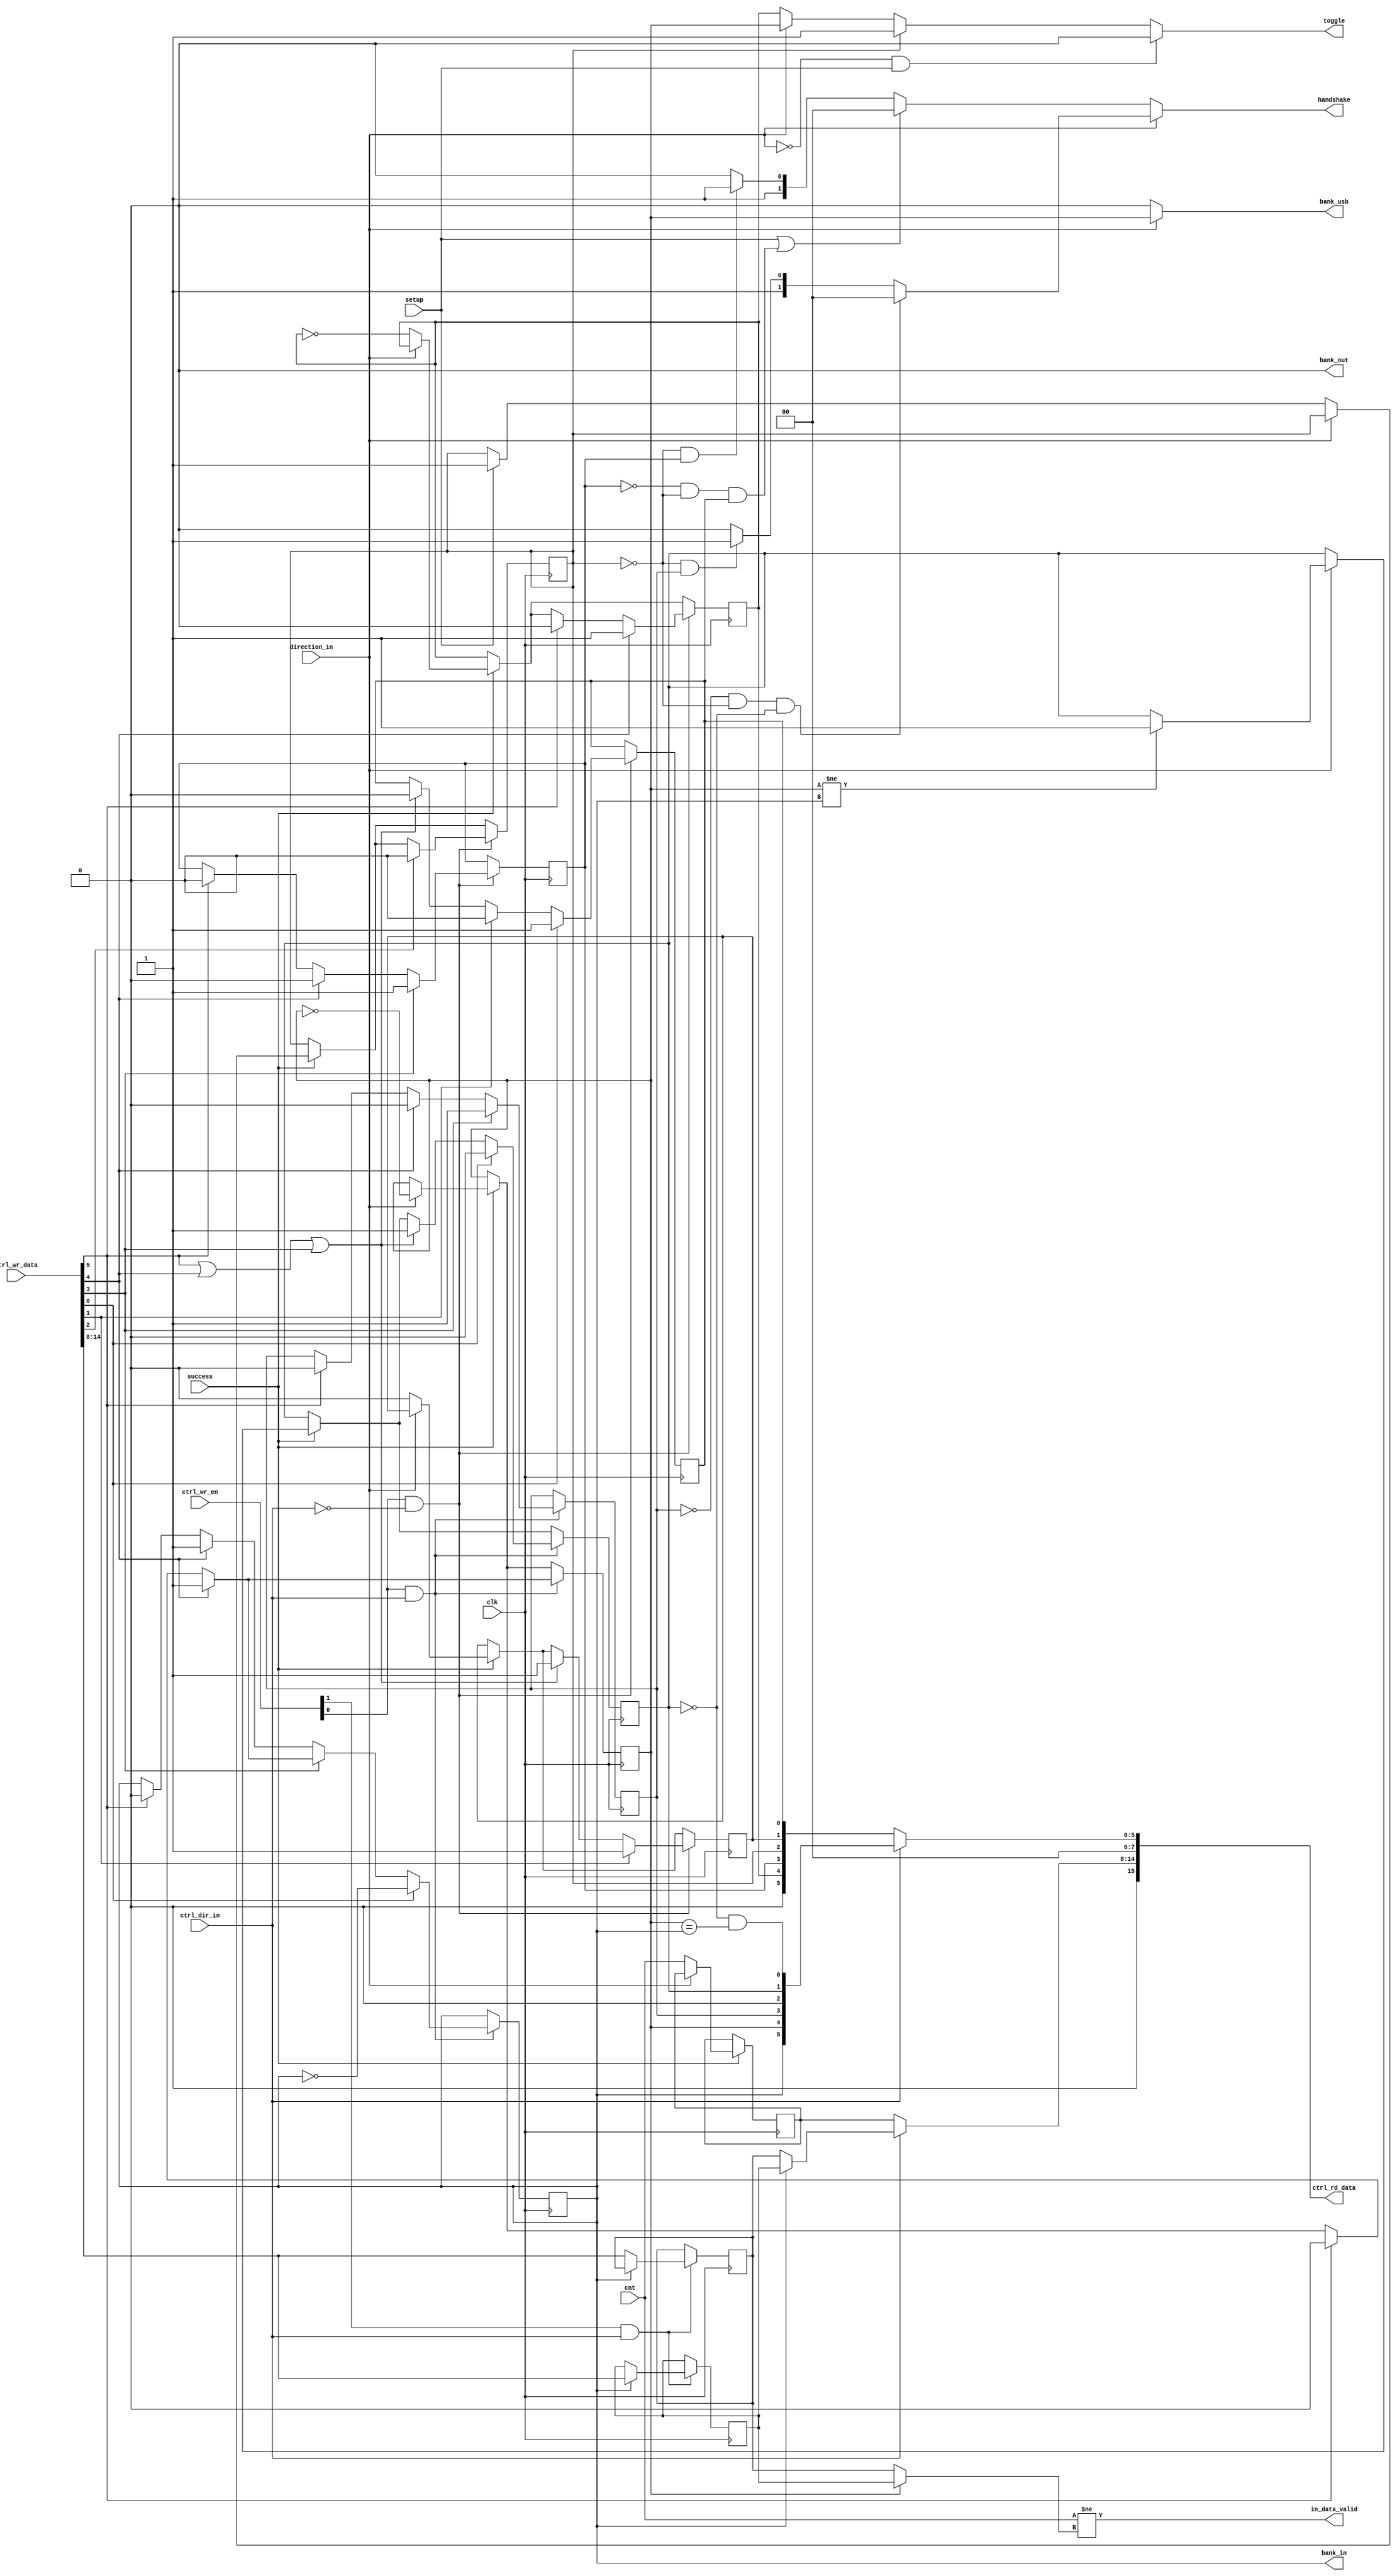
module usb_ep_banked(
    input clk,

    input direction_in,
    input setup,
    input success,
    input[6:0] cnt,

    output reg toggle,
    output bank_usb,
    output reg[1:0] handshake,
    output bank_in,
    output bank_out,
    output in_data_valid,

    input ctrl_dir_in,
    output reg[15:0] ctrl_rd_data,
    input[15:0] ctrl_wr_data,
    input[1:0] ctrl_wr_en
    );

localparam
    hs_ack = 2'b00,
    hs_none = 2'b01,
    hs_nak = 2'b10,
    hs_stall = 2'b11;

reg ep_setup;
reg ep_out_full;
reg ep_out_empty;
reg ep_in_empty;
reg ep_out_stall;
reg ep_in_stall;
reg ep_out_toggle;
reg ep_in_toggle;
reg ep_in_bank;
reg[6:0] ep_in_cnt_0;
reg[6:0] ep_in_cnt_1;
reg[6:0] ep_out_cnt;

assign in_data_valid = (cnt != (ep_in_toggle? ep_in_cnt_1: ep_in_cnt_0));
assign bank_usb = direction_in? ep_in_toggle: 1'b0;
assign bank_in = ep_in_bank;
assign bank_out = 1'b0;

always @(*) begin
    if (!direction_in && setup)
        toggle = 1'b0;
    else if (ep_setup)
        toggle = 1'b1;
    else if (direction_in)
        toggle = ep_in_toggle;
    else
        toggle = ep_out_toggle;
end

always @(*) begin
    if (direction_in) begin
        if (!ep_in_stall && !ep_setup && !ep_in_empty) begin
            handshake = hs_ack;
        end else if (!ep_setup && ep_in_stall) begin
            handshake = hs_stall;
        end else begin
            handshake = hs_nak;
        end
    end else begin
        if (setup || (!ep_out_stall && !ep_setup && ep_out_full)) begin
            handshake = hs_ack;
        end else if (!ep_setup && ep_out_stall) begin
            handshake = hs_stall;
        end else begin
            handshake = hs_nak;
        end
    end
end

always @(*) begin
    if (ctrl_dir_in) begin
        ctrl_rd_data[15:8] = ep_in_bank? ep_in_cnt_1: ep_in_cnt_0;
        ctrl_rd_data[7:0] = { ep_in_bank, ep_in_toggle, ep_in_stall, 1'b0, ep_in_empty, !ep_in_empty && ep_in_toggle == ep_in_bank };
    end else begin
        ctrl_rd_data[15:8] = ep_out_cnt;
        ctrl_rd_data[7:0] = { ep_out_toggle, ep_out_stall, ep_setup, ep_out_empty, ep_out_full };
    end
end

wire flush = ctrl_wr_data[5] || ctrl_wr_data[4] || ctrl_wr_data[3];

always @(posedge clk) begin
    if (success) begin
        if (direction_in) begin
            if (ep_in_toggle != ep_in_bank)
                ep_in_empty <= 1'b1;
            ep_in_toggle = !ep_in_toggle;
        end else begin
            if (setup)
                ep_setup <= 1'b1;

            ep_out_toggle = !ep_out_toggle;
            ep_out_empty <= 1'b0;
            ep_out_cnt <= cnt;
        end
    end

    if (ctrl_wr_en[1] && ctrl_dir_in) begin
        if (ep_in_bank)
            ep_in_cnt_1 <= ctrl_wr_data[14:8];
        else
            ep_in_cnt_0 <= ctrl_wr_data[14:8];
    end

    if (ctrl_wr_en[0] && ctrl_dir_in) begin
        if (ctrl_wr_data[5]) begin
            ep_in_toggle = 1'b0;
            ep_in_stall <= 1'b0;
            ep_in_bank <= 1'b0;
        end
        if (ctrl_wr_data[4]) begin
            ep_in_toggle = 1'b1;
            ep_in_stall <= 1'b0;
            ep_in_bank <= 1'b1;
        end
        if (ctrl_wr_data[3]) begin
            ep_in_stall <= 1'b1;
            ep_in_bank <= ep_in_toggle;
        end

        if (flush) begin
            ep_in_empty <= 1'b1;
        end

        if (ctrl_wr_data[0]) begin
            ep_in_empty <= 1'b0;
            ep_in_bank <= !ep_in_bank;
        end
    end

    if (ctrl_wr_en[0] && !ctrl_dir_in) begin
        if (ctrl_wr_data[5]) begin
            ep_out_toggle = 1'b0;
            ep_out_stall <= 1'b0;
        end
        if (ctrl_wr_data[4]) begin
            ep_out_toggle = 1'b1;
            ep_out_stall <= 1'b0;
        end
        if (ctrl_wr_data[3])
            ep_out_stall <= 1'b1;

        if (flush) begin
            ep_out_full <= 1'b0;
            ep_out_empty <= 1'b1;
        end

        if (ctrl_wr_data[2])
            ep_setup <= 1'b0;
        if (ctrl_wr_data[1]) begin
            ep_out_empty <= 1'b1;
            ep_out_full <= 1'b0;
        end
        if (ctrl_wr_data[0])
            ep_out_full <= 1'b1;
    end
end

endmodule